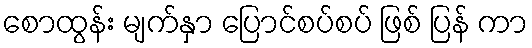
စောထွန်း မျက်နှာ ပြောင်စပ်စပ် ဖြစ် ပြန် ကာ